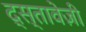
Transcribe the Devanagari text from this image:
द्स्तावेज़ी